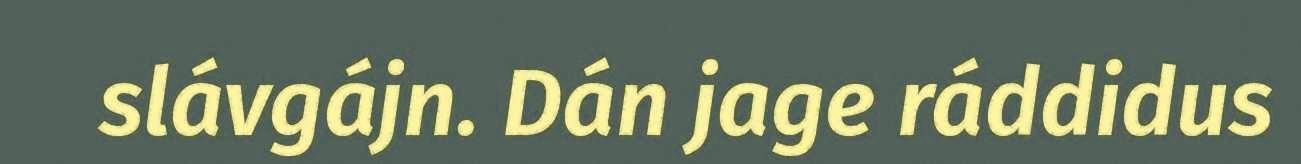
slávgájn. Dán jage ráddidus